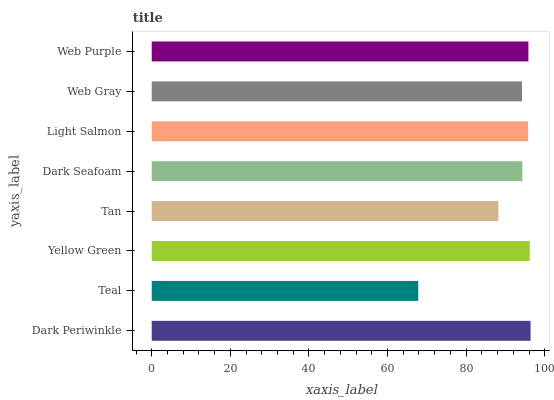
| yaxis_label | bars |
 | --- | --- |
 | Dark Periwinkle | 96.4 |
 | Teal | 67.8 |
 | Yellow Green | 96.2 |
 | Tan | 88.2 |
 | Dark Seafoam | 94.3 |
 | Light Salmon | 95.8 |
 | Web Gray | 94.2 |
 | Web Purple | 95.8 |